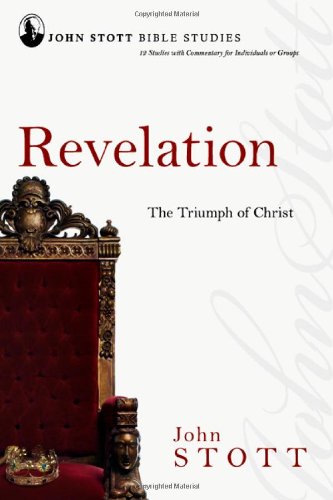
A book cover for Revelation: The Triumph of Christ (John Stott Bible Studies); John Stott; Christian Books & Bibles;